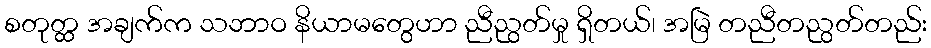
စတုတ္ထ အချက်က သဘာဝ နိယာမတွေဟာ ညီညွတ်မှု ရှိတယ်၊ အမြဲ တညီတညွတ်တည်း